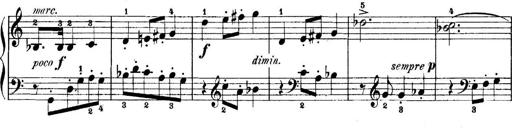
Title: 5 Sonatinas
Composer: Theodor Kirchner